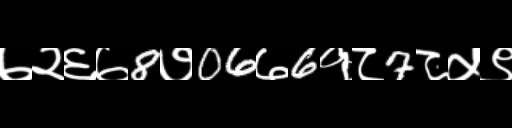
Text: ७२६७8७06७6१८7८५९